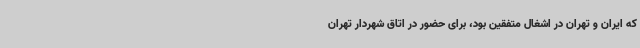
که ایران و تهران در اشغال متفقین بود، برای حضور در اتاق شهردار تهران